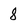
Character: 8